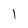
Character: I